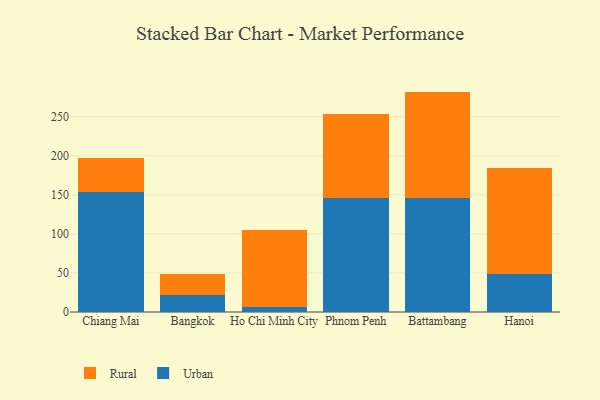
{"axis": {"x": "City", "y": "Latency (ms)"}, "legend": ["Rural", "Urban"], "data": [{"x": "Chiang Mai", "y": 154.2, "type": "Urban"}, {"x": "Chiang Mai", "y": 43.5, "type": "Rural"}, {"x": "Bangkok", "y": 21.8, "type": "Urban"}, {"x": "Bangkok", "y": 26.7, "type": "Rural"}, {"x": "Ho Chi Minh City", "y": 6.6, "type": "Urban"}, {"x": "Ho Chi Minh City", "y": 98.7, "type": "Rural"}, {"x": "Phnom Penh", "y": 146.1, "type": "Urban"}, {"x": "Phnom Penh", "y": 108.0, "type": "Rural"}, {"x": "Battambang", "y": 145.8, "type": "Urban"}, {"x": "Battambang", "y": 136.4, "type": "Rural"}, {"x": "Hanoi", "y": 48.1, "type": "Urban"}, {"x": "Hanoi", "y": 136.0, "type": "Rural"}]}